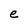
Character: e